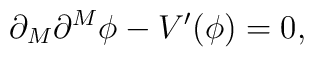
\partial_M\partial^M\phi-V^{\prime}(\phi)=0,